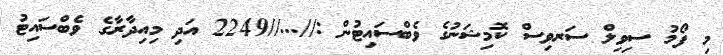
މި ފޯމު ސިވިލް ސަރވިސް ކޮމިޝަނުގެ ވެބްސައިޓުން ://...//2249 އަދި މިއިދާރާގެ ވެބްސައިޓު